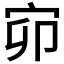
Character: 𡧙